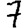
Digit: 7